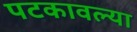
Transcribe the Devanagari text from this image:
पटकावल्या